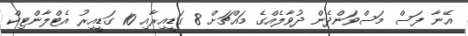
އޭނާ ފަސް މަސްވަންދެން ދުވާލެއްގެ މައްޗަށް 8 ގަޑީއިރާއި 10 ގަޑީއިރު އެޓްލާންޓިކް